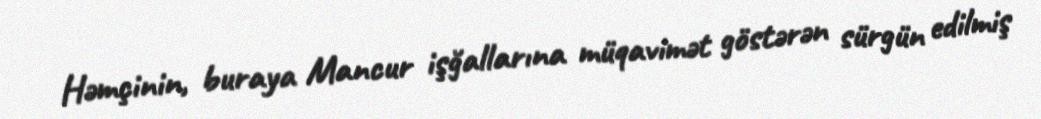
Həmçinin, buraya Mancur işğallarına müqavimət göstərən sürgün edilmiş